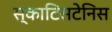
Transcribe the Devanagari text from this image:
स्काटिसटेनिस